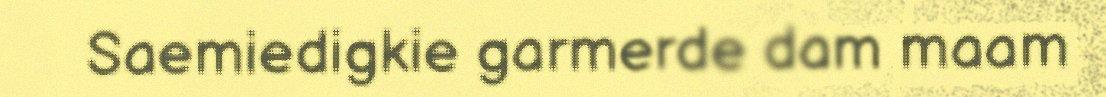
Saemiedigkie garmerde dam maam